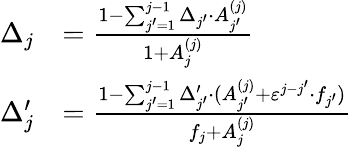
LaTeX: \begin{array}{rl}{\Delta_{j}}&{=\frac{1-\sum_{j^{\prime}=1}^{j-1}\Delta_{j^{\prime}}\cdot A_{j^{\prime}}^{(j)}}{1+A_{j}^{(j)}}}\\ {\Delta_{j}^{\prime}}&{=\frac{1-\sum_{j^{\prime}=1}^{j-1}\Delta_{j^{\prime}}^{\prime}\cdot(A_{j^{\prime}}^{(j)}+\varepsilon^{j-j^{\prime}}\cdot f_{j^{\prime}})}{f_{j}+A_{j}^{(j)}}}\end{array}